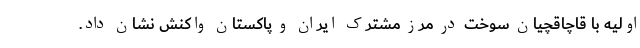
اولیه با قاچاقچیان سوخت در مرز مشترک ایران و پاکستان واکنش نشان داد.